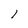
Character: 1